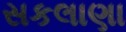
સકલાણા